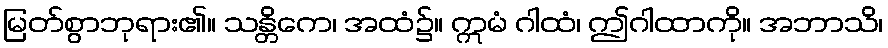
မြတ်စွာဘုရား၏။ သန္တိကေ၊ အထံ၌။ ဣမံ ဂါထံ၊ ဤဂါထာကို။ အဘာသိ၊